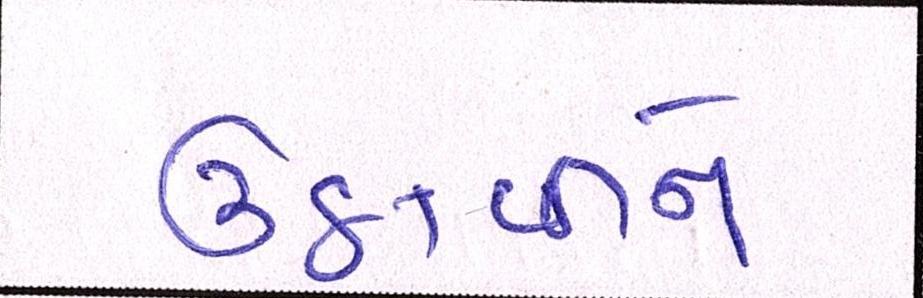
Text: ઉઠાવીને